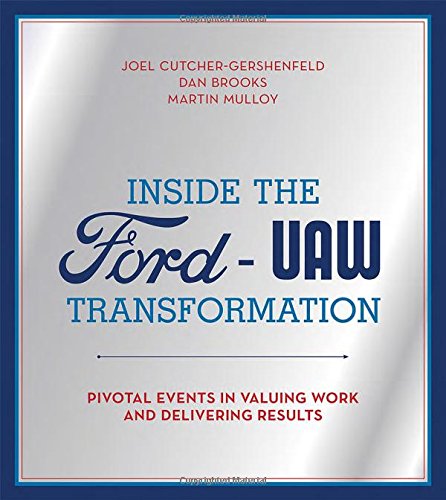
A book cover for Inside the Ford-UAW Transformation: Pivotal Events in Valuing Work and Delivering Results; Joel Cutcher-Gershenfeld; Business & Money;